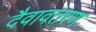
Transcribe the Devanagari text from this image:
दैवावतरण